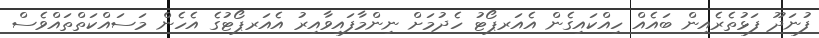
ފުނަދޫ ފަޅުތެރެއިން ބައެއް ހިއްކައިގެން އެއަރޕޯޓު ހެދުމަށް ނިންމާފައިވާއިރު އެއަރޕޯޓުގެ އެހެން މަސައްކަތްތައްވެސް